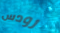
رودس